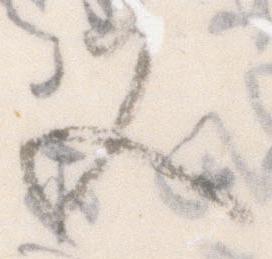
又